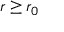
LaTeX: r \geq r _ { 0 }